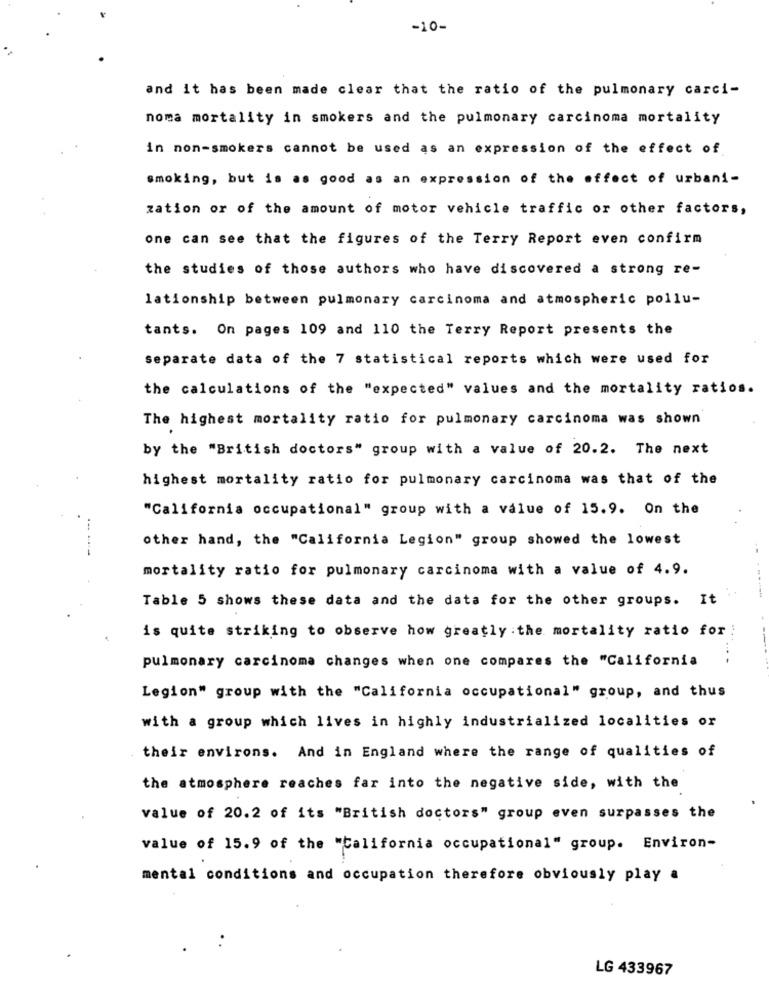
-10-
and it has been made clear that the ratio of the pulmonary carci-
noma mortality in smokers and the pulmonary carcinoma mortality
in non-smokers cannot be used as an expression of the effect of
smoking, but is as good as an expression of the effect of urbani-
zation or of the amount of motor vehicle traffic or other factors,
one can see that the figures of the Terry Report even confirm
the studies of those authors who have discovered a strong re-
lationship between pulmonary carcinoma and atmospheric pollu-
tants. On pages 109 and 110 the Terry Report presents the
separate data of the 7 statistical reports which were used for
the calculations of the "expected" values and the mortality ratios.
The highest mortality ratio for pulmonary carcinoma was shown
by the "British doctors" group with a value of 20.2. The next
highest mortality ratio for pulmonary carcinoma was that of the
"California occupational" group with a value of 15.9. On the
other hand, the "California Legion" group showed the lowest
mortality ratio for pulmonary carcinoma with a value of 4.9.
Table 5 shows these data and the data for the other groups. It
is quite striking to observe how greatly : the mortality ratio for !
pulmonary carcinoma changes when one compares the "California
Legion" group with the "California occupational" group, and thus
with a group which lives in highly industrialized localities or
their environs. And in England where the range of qualities of
the atmosphere reaches far into the negative side, with the
value of 20.2 of its "British doctors" group even surpasses the
value of 15.9 of the "California occupational" group. Environ-
mental conditions and occupation therefore obviously play a
LG 433967